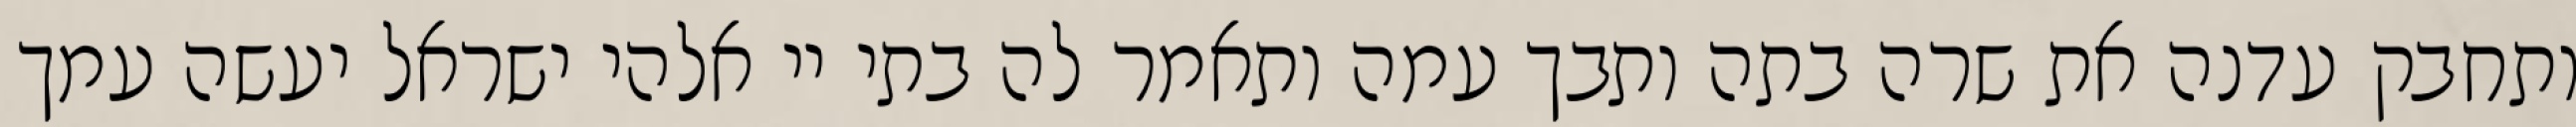
ותחבק עדנה את שרה בתה ותבך עמה ותאמר לה בתי יי אלהי ישראל יעשה עמך